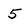
Character: 5